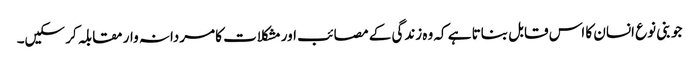
جو بنی نوع انسان کا اس قابل بناتا ہے کہ وہ زندگی کے مصائب اور مشکلات کا مردانہ وار مقابلہ کر سکیں۔